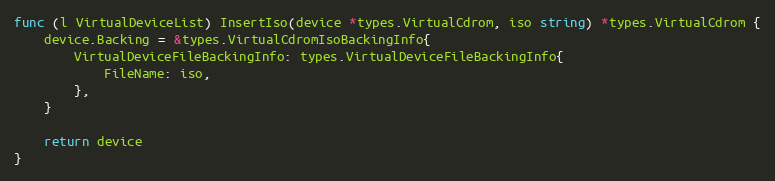
Language: Go
func (l VirtualDeviceList) InsertIso(device *types.VirtualCdrom, iso string) *types.VirtualCdrom {
	device.Backing = &types.VirtualCdromIsoBackingInfo{
		VirtualDeviceFileBackingInfo: types.VirtualDeviceFileBackingInfo{
			FileName: iso,
		},
	}

	return device
}